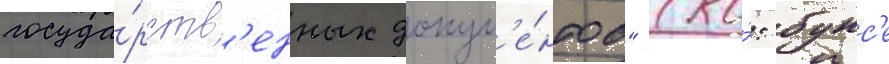
госуда́рств'енных докум'е́нтов" (ко́: бунс'е